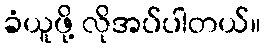
ခံယူဖို့ လိုအပ်ပါတယ်။